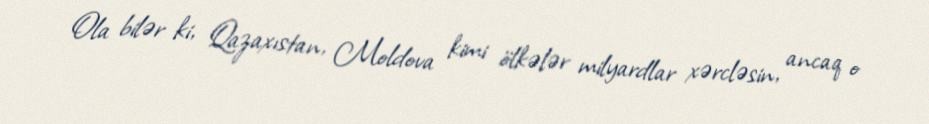
Ola bilər ki, Qazaxıstan, Moldova kimi ölkələr milyardlar xərcləsin, ancaq o